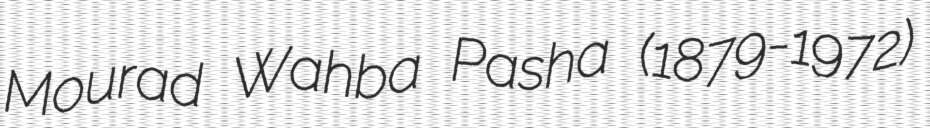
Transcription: Mourad Wahba Pasha (1879-1972)